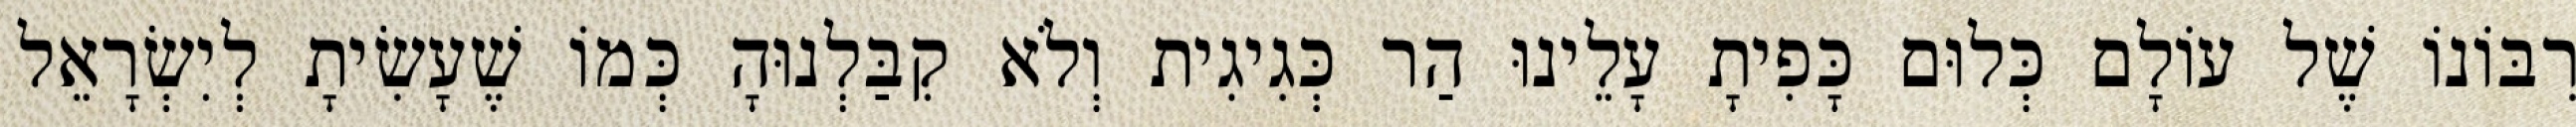
רִבּוֹנוֹ שֶׁל עוֹלָם כְּלוּם כָּפִיתָ עָלֵינוּ הַר כְּגִיגִית וְלֹא קִבַּלְנוּהָ כְּמוֹ שֶׁעָשִׂיתָ לְיִשְׂרָאֵל